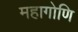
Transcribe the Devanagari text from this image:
महागोणि